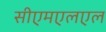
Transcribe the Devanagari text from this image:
सीएमएलएल